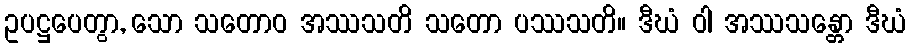
ဥပဋ္ဌပေတွာ, သော သတောဝ အဿသတိ သတော ပဿသတိ။ ဒီဃံ ဝါ အဿသန္တော ဒီဃံ